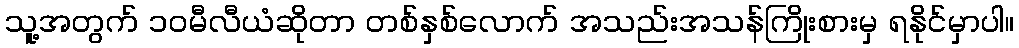
သူ့အတွက် ၁၀မီလီယံဆိုတာ တစ်နှစ်လောက် အသည်းအသန်ကြိုးစားမှ ရနိုင်မှာပါ။